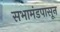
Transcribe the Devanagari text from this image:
सभामंडपासून